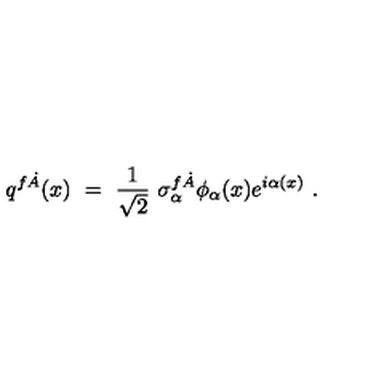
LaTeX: q ^ { f \dot { A } } ( x ) \ = \ \frac 1 { \sqrt 2 } \ \sigma _ { \alpha } ^ { f \dot { A } } \phi _ { \alpha } ( x ) e ^ { i \alpha ( x ) } \ .